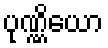
ပုဏ္ဏိယော